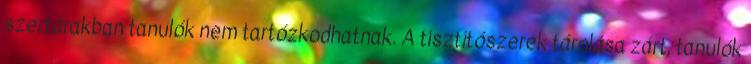
szertárakban tanulók nem tartózkodhatnak. A tisztítószerek tárolása zárt, tanulók